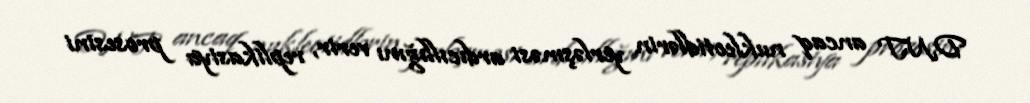
DNT ancaq nukleotidlərin yerləşməsi ardıcıllığını verir, replikasiya prosesini